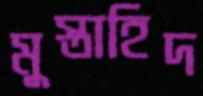
মুস্তাহিদ